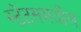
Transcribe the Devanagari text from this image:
स्टेटसमधील